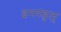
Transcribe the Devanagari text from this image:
इमपंडुलू